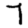
Digit: 7